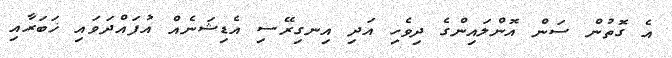
އެ ގޮތުން ސަން އޮންލައިންގެ ދިވެހި އަދި އިނގިރޭސި އެޑިޝަނެއް އުފައްދަވައި ޚަބަރާއި